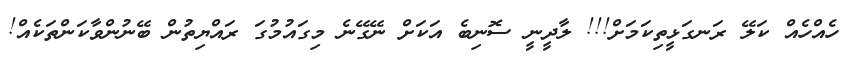
ހެއްހެއް ކަލޭ ރަނގަޅީތިކަމަށް!!! ލާދީނީ ސޮނިބެ އަކަށް ނޭގޭނެ މިގައުމުގަ ރައްޔިތުން ބޭނުންްވާކަންތަކެއް!